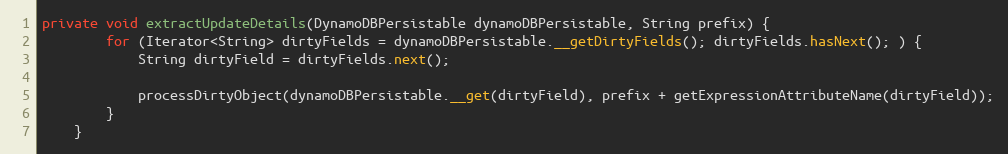
Language: Java
private void extractUpdateDetails(DynamoDBPersistable dynamoDBPersistable, String prefix) {
        for (Iterator<String> dirtyFields = dynamoDBPersistable.__getDirtyFields(); dirtyFields.hasNext(); ) {
            String dirtyField = dirtyFields.next();

            processDirtyObject(dynamoDBPersistable.__get(dirtyField), prefix + getExpressionAttributeName(dirtyField));
        }
    }